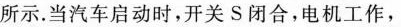
所示。当汽车启动时，开关S闭合，电机工作，